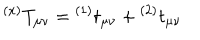
{ } ^ { ( x ) } T _ { \mu \nu } = { } ^ { ( 1 ) } t _ { \mu \nu } + { } ^ { ( 2 ) } t _ { \mu \nu }